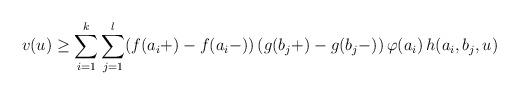
LaTeX: \begin{align*}v(u)\geq \sum_{i=1}^{k} \sum_{j=1}^{l} (f(a_i+)-f(a_i-))\, (g(b_j+)-g(b_j-)) \, \varphi(a_i) \, h(a_i,b_j,u)\end{align*}